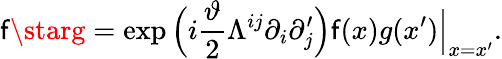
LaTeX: \mathsf{f}\starg=\exp\Big(i\frac{{\vartheta}}{{2}}\Lambda^{ij}\partial_{i}\partial_{j}^{\prime}\Big)\mathsf{f}(x)g(x^{\prime})\Big\vert_{x=x^{\prime}}.